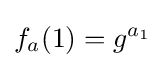
f_{a}(1)=g^{a_{1}}